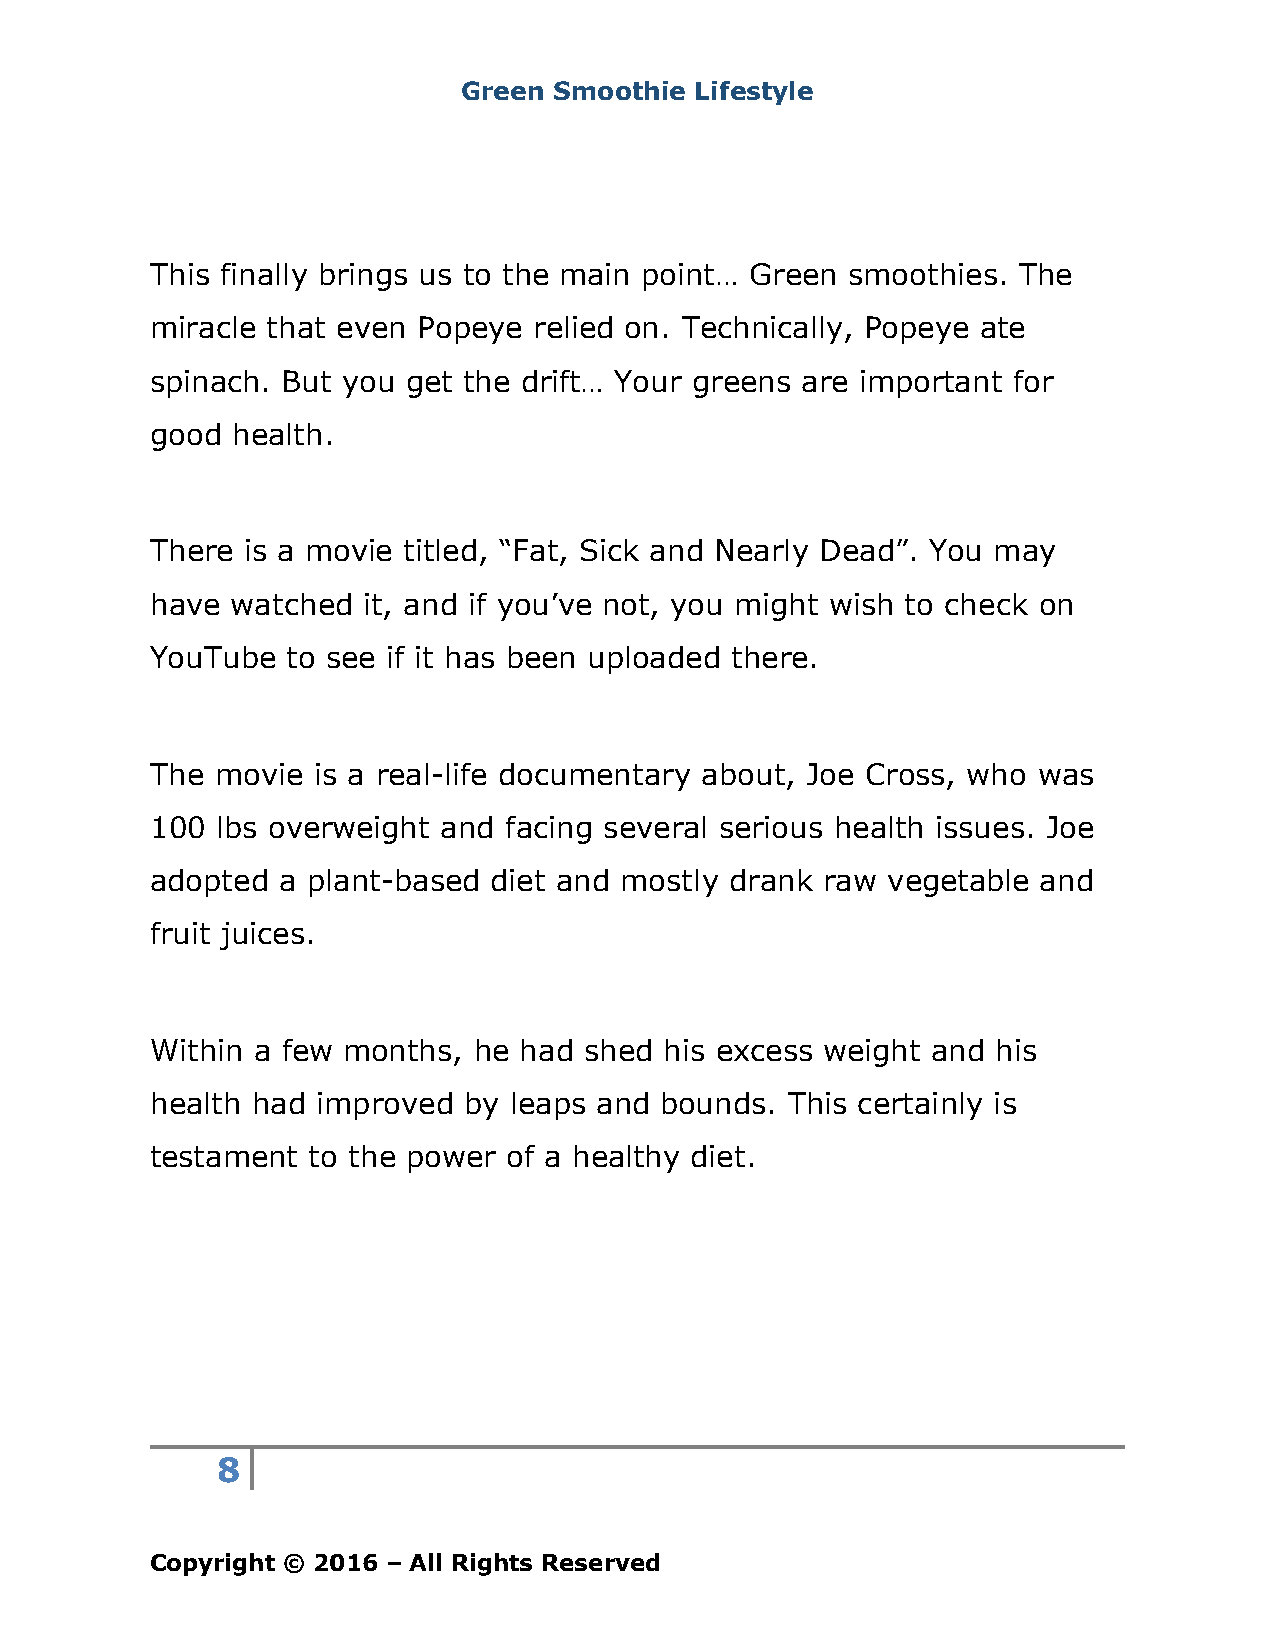
Green Smoothie Lifestyle
 This finally brings us to the main point… Green smoothies. The
 miracle that even Popeye relied on. Technically, Popeye ate
 spinach. But you get the drift… Your greens are important for
 good health.
 There is a movie titled, “Fat, Sick and Nearly Dead”. You may
 have watched  it, and if you’ve not, you might wish to check on
 YouTube  to see if it has been uploaded there.
 The movie  is a real-life documentary about, Joe Cross, who was
 100 lbs overweight and facing several serious health issues. Joe
 adopted a plant-based diet and mostly drank raw  vegetable and
 fruit juices.
 Within a few months, he had  shed his excess weight and his
 health had improved  by leaps and bounds. This certainly is
 testament to the power  of a healthy diet.
 8
 Copyright © 2016 – All Rights Reserved